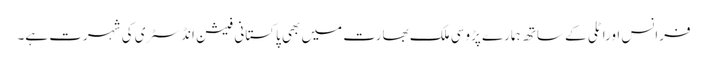
فرانس اوراٹلی کے ساتھ ہمارے پڑوسی ملک بھارت میں بھی پاکستانی فیشن انڈسٹری کی شہرت ہے۔